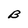
Character: B